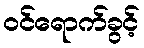
ဝင်ရောက်ခွင့်